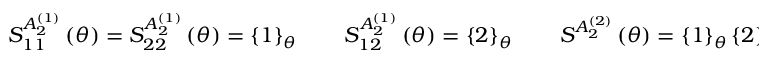
S _ { 1 1 } ^ { A _ { 2 } ^ { ( 1 ) } } \left( \theta \right) = S _ { 2 2 } ^ { A _ { 2 } ^ { ( 1 ) } } \left( \theta \right) = \left\{ 1 \right\} _ { \theta } \qquad S _ { 1 2 } ^ { A _ { 2 } ^ { ( 1 ) } } \left( \theta \right) = \left\{ 2 \right\} _ { \theta } \qquad S ^ { A _ { 2 } ^ { ( 2 ) } } \left( \theta \right) = \left\{ 1 \right\} _ { \theta } \left\{ 2 \right\} _ { \theta } \, .